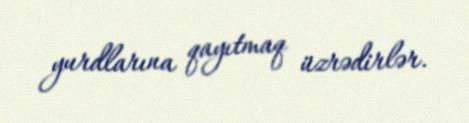
yurdlarına qayıtmaq üzrədirlər.